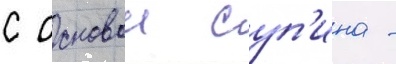
с основои суп'ина -